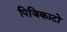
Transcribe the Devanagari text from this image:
पिजिकाटो